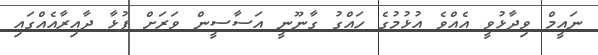
ނައީމް ވިދާޅުވީ އެއްވެ އުޅުމުގެ ހައްގު ގާނޫނީ އަސާސީން ވަރަށް ފުޅާ ދާއިރާއެއްގައި